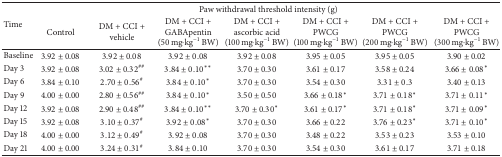
| <ROWSPAN=2> Time | <COLSPAN=7> Paw withdrawal threshold intensity (g) |
 | Control | DM + CCI + vehicle | DM + CCI + GABApentin (50 mg·kg−1 BW) | DM + CCI + ascorbic acid (100 mg·kg−1 BW) | DM + CCI + PWCG (100 mg·kg−1 BW) | DM + CCI + PWCG (200 mg·kg−1 BW) | DM + CCI + PWCG (300 mg·kg−1 BW) |
 | --- | --- | --- | --- | --- | --- | --- | --- |
 | Baseline | 3.92 ± 0.08 | 3.92 ± 0.08 | 3.92 ± 0.08 | 3.92 ± 0.08 | 3.95 ± 0.05 | 3.95 ± 0.05 | 3.90 ± 0.02 |
 | Day 3 | 3.92 ± 0.08 | 3.02 ± 0.32## | 3.84 ± 0.10∗∗ | 3.70 ± 0.30 | 3.61 ± 0.17 | 3.58 ± 0.24 | 3.66 ± 0.08∗ |
 | Day 6 | 3.84 ± 0.10 | 2.70 ± 0.56# | 3.84 ± 0.10∗ | 3.70 ± 0.30 | 3.54 ± 0.30 | 3.31 ± 0.3 | 3.40 ± 0.13 |
 | Day 9 | 4.00 ± 0.00 | 2.80 ± 0.56## | 3.84 ± 0.10∗ | 3.50 ± 0.50 | 3.66 ± 0.18∗ | 3.71 ± 0.18∗ | 3.71 ± 0.11∗ |
 | Day 12 | 3.92 ± 0.08 | 2.90 ± 0.48## | 3.84 ± 0.10∗∗ | 3.70 ± 0.30∗ | 3.61 ± 0.17∗ | 3.71 ± 0.18∗ | 3.71 ± 0.09∗ |
 | Day 15 | 3.92 ± 0.08 | 3.10 ± 0.37# | 3.92 ± 0.08∗ | 3.70 ± 0.30 | 3.66 ± 0.22 | 3.76 ± 0.23∗ | 3.71 ± 0.10∗ |
 | Day 18 | 4.00 ± 0.00 | 3.12 ± 0.49# | 3.92 ± 0.08 | 3.70 ± 0.30 | 3.48 ± 0.22 | 3.53 ± 0.23 | 3.53 ± 0.10 |
 | Day 21 | 4.00 ± 0.00 | 3.24 ± 0.31# | 3.84 ± 0.10 | 3.70 ± 0.30 | 3.54 ± 0.30 | 3.61 ± 0.17 | 3.71 ± 0.18 |